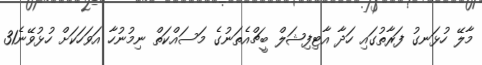
މާލޭ ހުޅަނގު ފަރާތުގައި ހަދާ އާޓިފިޝަލް ބީޗްއެތަނުގެ މަސައްކަތް ނިމުނުހާ އަވަހަކަށް ހުޅުވޭނެ31